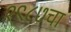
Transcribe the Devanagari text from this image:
१९८७चा